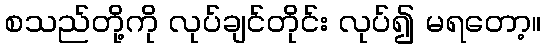
စသည်တို့ကို လုပ်ချင်တိုင်း လုပ်၍ မရတော့။